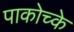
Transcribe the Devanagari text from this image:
पाकोच्के